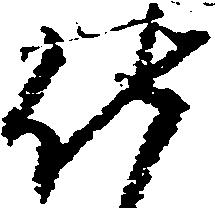
仕